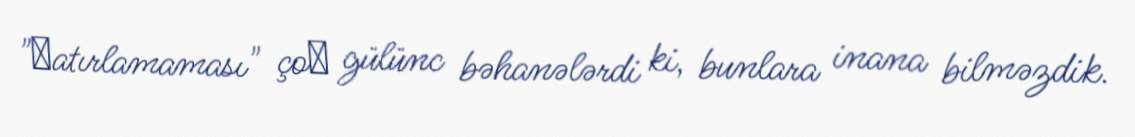
"хatırlamaması" çoх gülünc bəhanələrdi ki, bunlara inana bilməzdik.